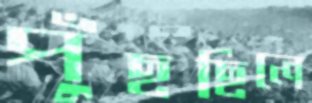
পুঁছছিলে